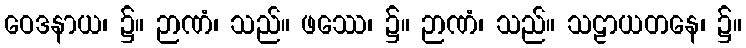
ဝေဒနာယ၊ ၌။ ဉာဏံ၊ သည်။ ဖဿေ၊ ၌။ ဉာဏံ၊ သည်။ သဠာယတနေ၊ ၌။